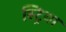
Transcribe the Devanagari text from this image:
स्ट्रिया